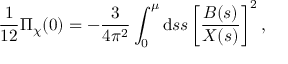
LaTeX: { \frac { 1 } { 1 2 } } \Pi _ { \chi } ( 0 ) = - \frac { 3 } { 4 \pi ^ { 2 } } \int _ { 0 } ^ { \mu } \mathrm { d } s s \left[ \frac { B ( s ) } { X ( s ) } \right] ^ { 2 } ,